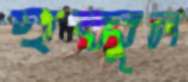
হুব্বুল